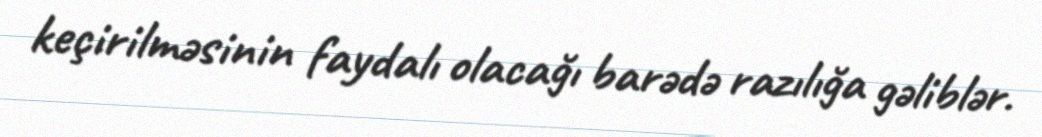
keçirilməsinin faydalı olacağı barədə razılığa gəliblər.